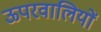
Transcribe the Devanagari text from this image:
ऊपरवालियों